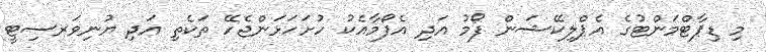
މި ޑިޕާޓްމަންޓުގެ އެޕްލިކޭޝަން ފޯމު އަދި އެފޯމާއެކު ހުށަހަޅަންޖެހޭ ތަކެތި އަދި ޔުނިވަރސިޓީ